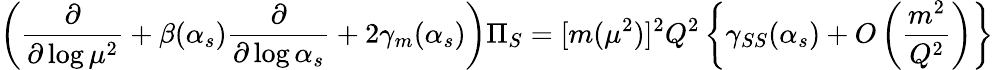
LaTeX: \left({\frac{\partial}{\partial\log\mu^{2}}}+\beta(\alpha_{s}){\frac{\partial}{\partial\log\alpha_{s}}}+2\gamma_{m}(\alpha_{s})\right)\Pi_{S}=[m(\mu^{2})]^{2}Q^{2}\left\{ \gamma_{SS}(\alpha_{s})+O\left({\frac{m^{2}}{Q^{2}}}\right)\right\}